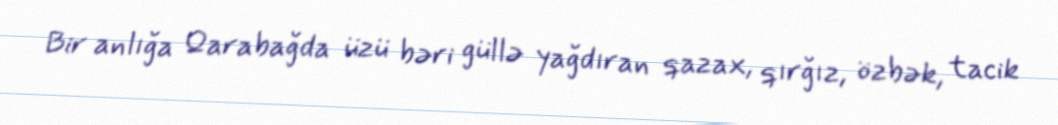
Bir anlığa Qarabağda üzü bəri güllə yağdıran qazax, qırğız, özbək, tacik